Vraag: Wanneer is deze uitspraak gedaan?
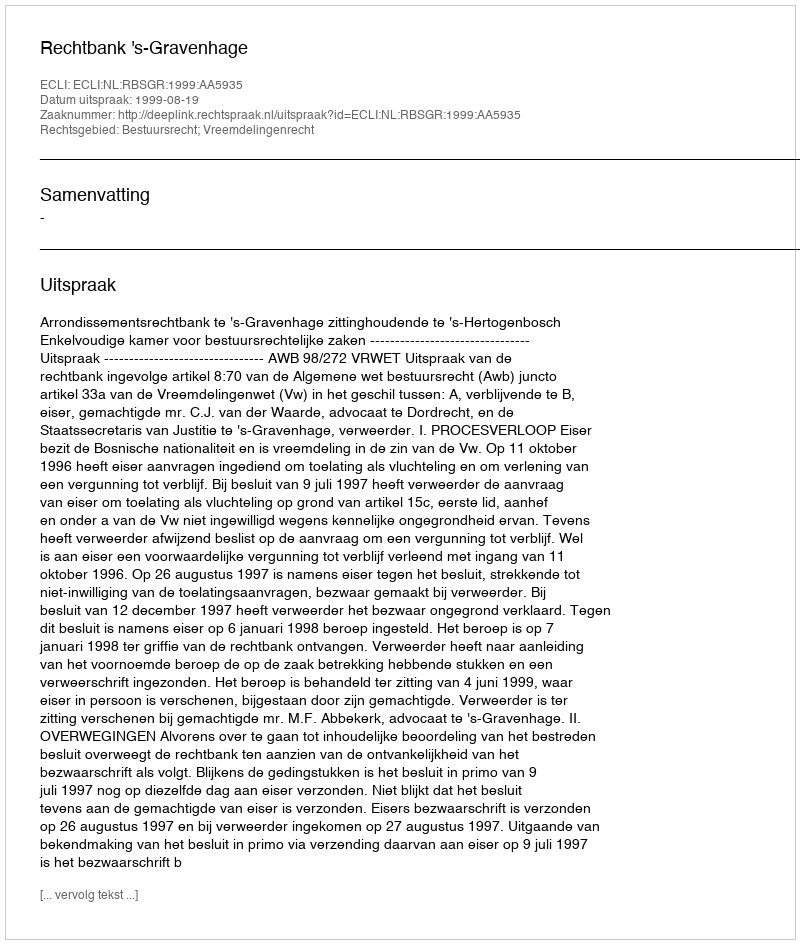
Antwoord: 1999-08-19